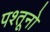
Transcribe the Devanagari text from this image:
पश्तूनो